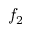
f _ { 2 }